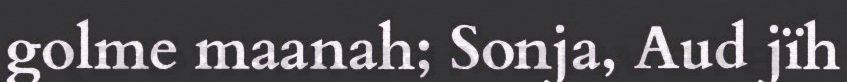
golme maanah; Sonja, Aud jïh